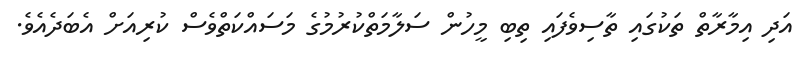
އަދި އިމާރާތް ތަކުގައި ތާސިވެފައި ތިބި މީހުން ސަލާމަތްކުރުމުގެ މަސައްކަތްވެސް ކުރިއަށް އެބަދެއެވެ.